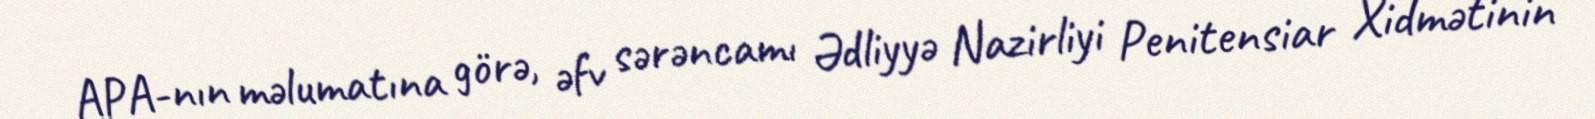
APA-nın məlumatına görə, əfv sərəncamı Ədliyyə Nazirliyi Penitensiar Xidmətinin